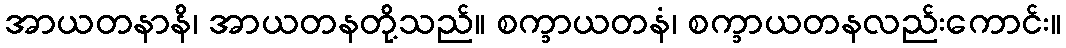
အာယတနာနိ၊ အာယတနတို့သည်။ စက္ခာယတနံ၊ စက္ခာယတနလည်းကောင်း။